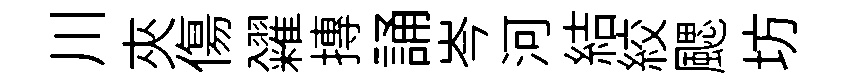
川夾傷糴摶誦岑河結絞颸坊